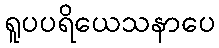
ရူပပရိယေသနာပေ